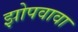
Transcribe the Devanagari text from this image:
झोपवावा